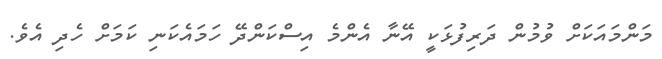
މަންމައަކަށް ވުމުން ދަރިފުޅަކީ އޭނާ އެންމެ އިސްކަންދޭ ހަމައެކަނި ކަމަށް ހެދި އެވެ.